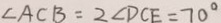
\angle A C B = 2 \angle D C E = 7 0 ^ { \circ }